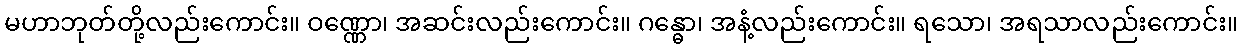
မဟာဘုတ်တို့လည်းကောင်း။ ဝဏ္ဏော၊ အဆင်းလည်းကောင်း။ ဂန္ဓော၊ အနံ့လည်းကောင်း။ ရသော၊ အရသာလည်းကောင်း။